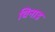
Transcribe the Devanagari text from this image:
विनाड